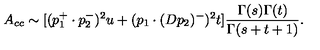
A _ { c c } \sim [ ( p _ { 1 } ^ { + } \cdot p _ { 2 } ^ { - } ) ^ { 2 } u + ( p _ { 1 } \cdot ( D p _ { 2 } ) ^ { - } ) ^ { 2 } t ] \frac { \Gamma ( s ) \Gamma ( t ) } { \Gamma ( s + t + 1 ) } .